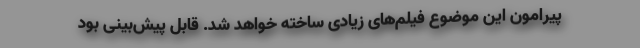
پیرامون این موضوع فیلم‌های زیادی ساخته خواهد شد. قابل پیش‌بینی بود